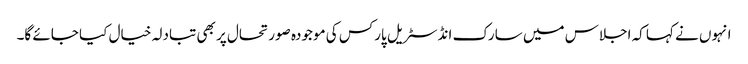
انہوں نے کہا کہ اجلاس میں سارک انڈسٹریل پارکس کی موجودہ صورتحال پر بھی تبادلہ خیال کیا جائے گا۔